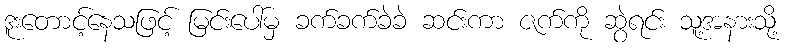
ဒူးတောင့်နေသဖြင့် မြင်းပေါ်မှ ခက်ခက်ခဲခဲ ဆင်းကာ ဇက်ကို ဆွဲရင်း သူ့အနားသို့